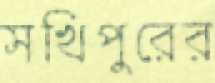
সখিপুরের